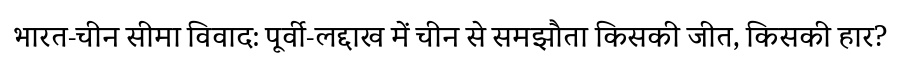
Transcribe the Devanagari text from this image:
भारत-चीन सीमा विवाद: पूर्वी-लद्दाख में चीन से समझौता किसकी जीत, किसकी हार?